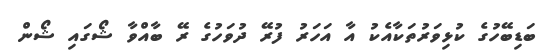
ބަޑިބޭހުގެ ކުޅިވަރުތަކާއެކު އާ އަހަރު ފުރޭ ދުވަހުގެ ރޭ ބާއްވާ ޝޯގައި ޝޯން